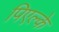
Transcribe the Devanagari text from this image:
पिएल्के